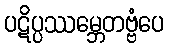
ပဋိပ္ပဿမ္ဘေတဗ္ဗံပေ